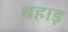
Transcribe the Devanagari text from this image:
बहाड़